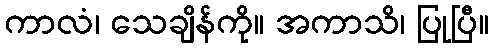
ကာလံ၊ သေချိန်ကို။ အကာသိ၊ ပြုပြီ။